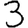
Digit: 3